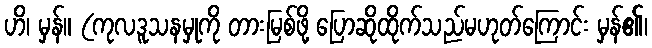
ဟိ၊ မှန်။ (ကုလဒူသနမှုကို တားမြစ်ဖို့ ပြောဆိုထိုက်သည်မဟုတ်ကြောင်း မှန်၏၊